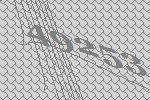
49253